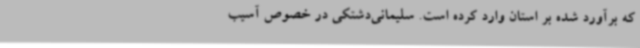
که برآورد شده بر استان وارد کرده است. سلیمانی‌دشتکی در خصوص آسیب